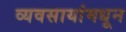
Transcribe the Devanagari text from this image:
व्यवसायांमधून